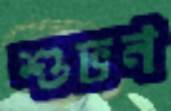
শুভন